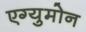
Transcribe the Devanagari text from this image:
एग्युमोन